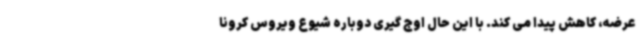
عرضه، کاهش پیدا می کند. با این حال اوج گیری دوباره شیوع ویروس کرونا